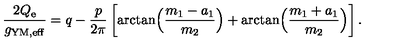
{ \frac { 2 Q _ { \mathrm { e } } } { g _ { \mathrm { Y M , e f f } } } } = q - { \frac { p } { 2 \pi } } \left[ \arctan \Bigl ( { \frac { m _ { 1 } - a _ { 1 } } { m _ { 2 } } } \Bigr ) + \arctan \Bigl ( { \frac { m _ { 1 } + a _ { 1 } } { m _ { 2 } } } \Bigr ) \right] .